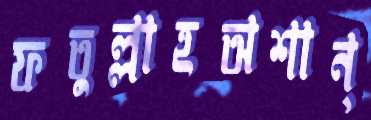
ফতুল্লাহঅশান্